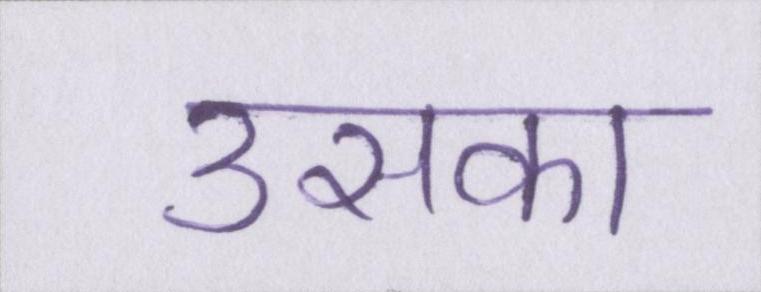
उसका